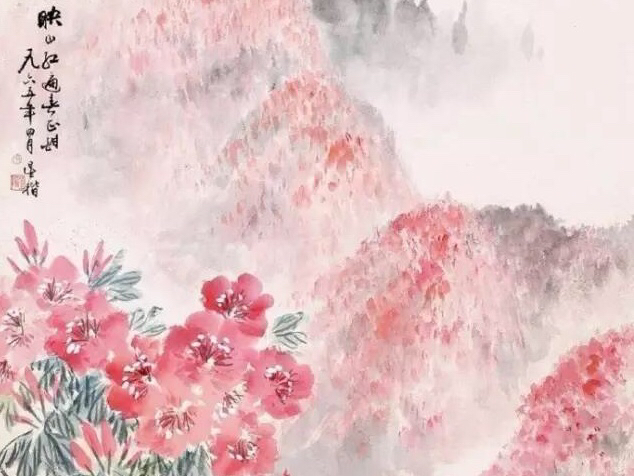
雁风自劲，云气不上凉天。